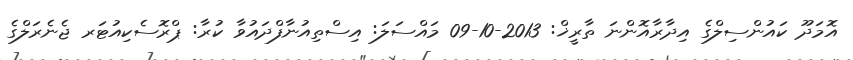
އޮމަދޫ ކައުންސިލްގެ އިދާރާއޮންނަ ތާރީޚް: 2013-10-09 މައްސަލަ: އިސްތިއުނާފްދައުވާ ކުރާ: ޕްރޮސެކިއުޓަރ ޖެނެރަލްގެ